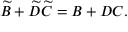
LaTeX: \widetilde { B } + \widetilde { D } \widetilde { C } = B + D C .